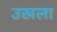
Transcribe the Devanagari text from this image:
उखला